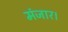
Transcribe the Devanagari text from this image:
मंजार।